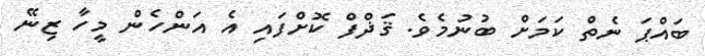
ބައްޕަ ނެތް ކަމަށް ބުނުމެވެ. ޤަޛްފް ކޮށްފައި އެ އަންހެން މީހާ ޒިނޭ